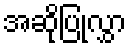
အဆိုပြုလွှာ